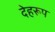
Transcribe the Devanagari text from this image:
देहरूप